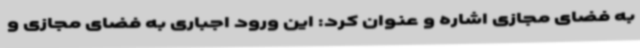
به فضای مجازی اشاره و عنوان کرد: این ورود اجباری به فضای مجازی و